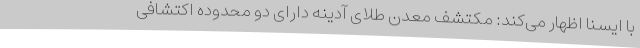
با ایسنا اظهار می‌کند: مکتشف معدن طلای آدینه دارای دو محدوده اکتشافی